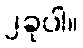
၂ခုပါ။